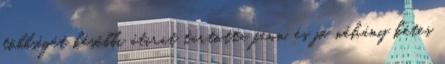
többségét későbbi átirat tartotta fenn, és jó néhány kétes